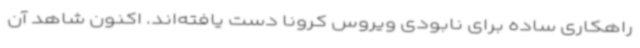
راهکاری ساده برای نابودی ویروس کرونا دست یافته‌اند. اکنون شاهد آن